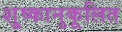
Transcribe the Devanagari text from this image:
शु्ष्कानुकूलित